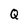
Character: Q